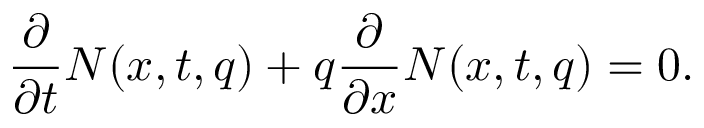
\frac { \partial } { \partial { t } } N ( x , t , q ) + q \frac { \partial } { \partial { x } } N ( x , t , q ) = 0 .